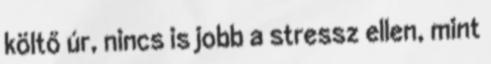
költő úr, nincs is jobb a stressz ellen, mint